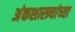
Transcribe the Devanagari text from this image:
अंकशास्त्र्यांच्या